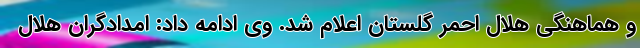
و هماهنگی هلال احمر گلستان اعلام شد. وی ادامه داد: امدادگران هلال